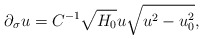
\begin{align*}\partial_\sigma u = C^{-1} \sqrt{H_0} u \sqrt{u^2-u_0^2},\end{align*}